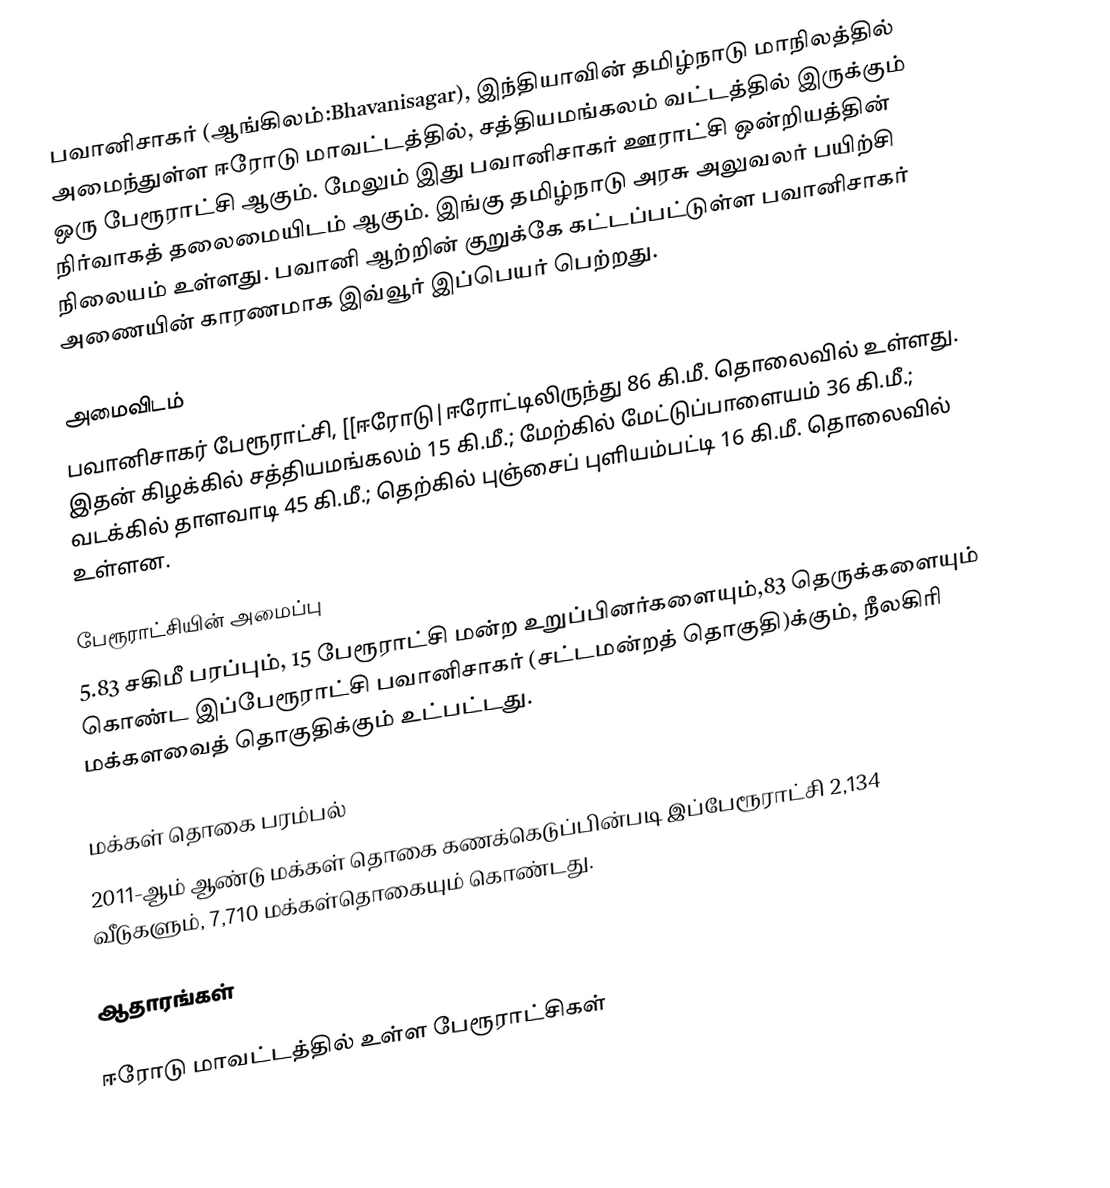
பவானிசாகர் (ஆங்கிலம்:Bhavanisagar), இந்தியாவின் தமிழ்நாடு மாநிலத்தில் அமைந்துள்ள ஈரோடு மாவட்டத்தில், சத்தியமங்கலம் வட்டத்தில் இருக்கும் ஒரு பேரூராட்சி ஆகும். மேலும் இது பவானிசாகர் ஊராட்சி ஒன்றியத்தின் நிர்வாகத் தலைமையிடம் ஆகும். இங்கு தமிழ்நாடு அரசு அலுவலர் பயிற்சி நிலையம் உள்ளது.  பவானி ஆற்றின் குறுக்கே கட்டப்பட்டுள்ள பவானிசாகர் அணையின் காரணமாக இவ்வூர் இப்பெயர் பெற்றது.

அமைவிடம்
பவானிசாகர் பேரூராட்சி, [[ஈரோடு|ஈரோட்டிலிருந்து 86 கி.மீ. தொலைவில் உள்ளது. இதன் கிழக்கில் சத்தியமங்கலம் 15 கி.மீ.; மேற்கில் மேட்டுப்பாளையம் 36 கி.மீ.; வடக்கில் தாளவாடி 45 கி.மீ.; தெற்கில் புஞ்சைப் புளியம்பட்டி 16 கி.மீ. தொலைவில் உள்ளன.

பேரூராட்சியின் அமைப்பு
5.83 சகிமீ பரப்பும், 15  பேரூராட்சி மன்ற உறுப்பினர்களையும்,83 தெருக்களையும் கொண்ட இப்பேரூராட்சி பவானிசாகர்   (சட்டமன்றத் தொகுதி)க்கும், நீலகிரி மக்களவைத் தொகுதிக்கும் உட்பட்டது.

மக்கள் தொகை பரம்பல்
2011-ஆம் ஆண்டு மக்கள் தொகை கணக்கெடுப்பின்படி  இப்பேரூராட்சி     2,134 வீடுகளும்,  7,710 மக்கள்தொகையும் கொண்டது.

ஆதாரங்கள்

ஈரோடு மாவட்டத்தில் உள்ள பேரூராட்சிகள்